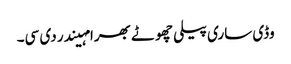
وڈی ساری پیلی چھوٹے بھرا مہیندر دی سی۔